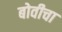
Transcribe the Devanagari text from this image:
बोवीचा